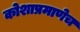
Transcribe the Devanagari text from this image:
कोशाप्रमाणेच